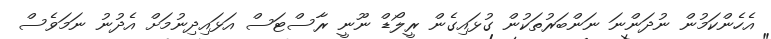
އެހެންކަމުން ނުދަންނަ ނަންބަރުތަކުން ގުޅައިގެން ރީލޯޑް ނޫނީ ރާސްޓަސް އަޅައިދިނުމަށް އެދުނު ނަމަވެސް